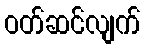
ဝတ်ဆင်လျက်